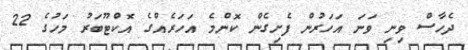
ދެހާސް ވިނި ވަނަ އަހަރުން ފެށިގެން ކޮންމެ އަހަރެއްގެ އޮކްޓޫބަރު މަހުގެ 22